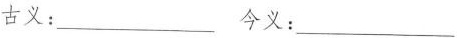
古义：___今义：___